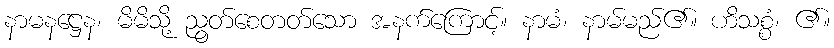
နာမနဋ္ဌေန၊ မိမိသို့ ညွတ်စေတတ်သော အနက်ကြောင့်။ နာမံ၊ နာမ်မည်၏။ ဟိသစ္စံ၊ ၏။